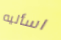
اسأليه